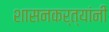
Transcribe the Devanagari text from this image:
शासनकर्त्यांनी